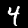
Digit: 4